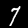
Label: 7